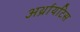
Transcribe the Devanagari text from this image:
अर्थ्रायटिस